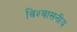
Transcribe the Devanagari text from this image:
विश्‍वासनीय